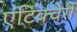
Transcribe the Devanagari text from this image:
एंटिक्चेरी